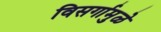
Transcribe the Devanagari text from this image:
विसर्गामुळे